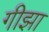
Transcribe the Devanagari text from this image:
गीझा